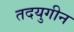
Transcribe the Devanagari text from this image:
तदयुगीन